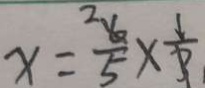
x = \frac { 6 } { 5 } \times \frac { 1 } { 3 }